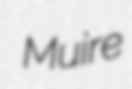
Muire